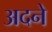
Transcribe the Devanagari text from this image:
अदने